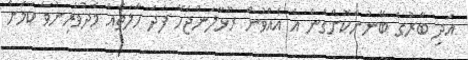
އަދި ބާރުގެ ބޭނުންކޮށްގެން އެ އެއްވުން ރޫޅާލަންޖެހޭ ފަދަ ހާލަތެއް މެދުވެރިނުވާ ކަމަށް